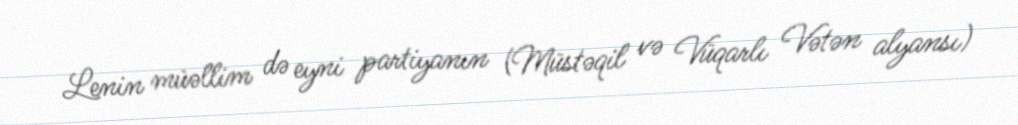
Lenin müəllim də eyni partiyanın (Müstəqil və Vüqarlı Vətən alyansı)